Vital statistics of India. Vol. V, Reports of 1876 on armies & jails and on epidemic cholera
Year: 1876
Disease focus: Cholera
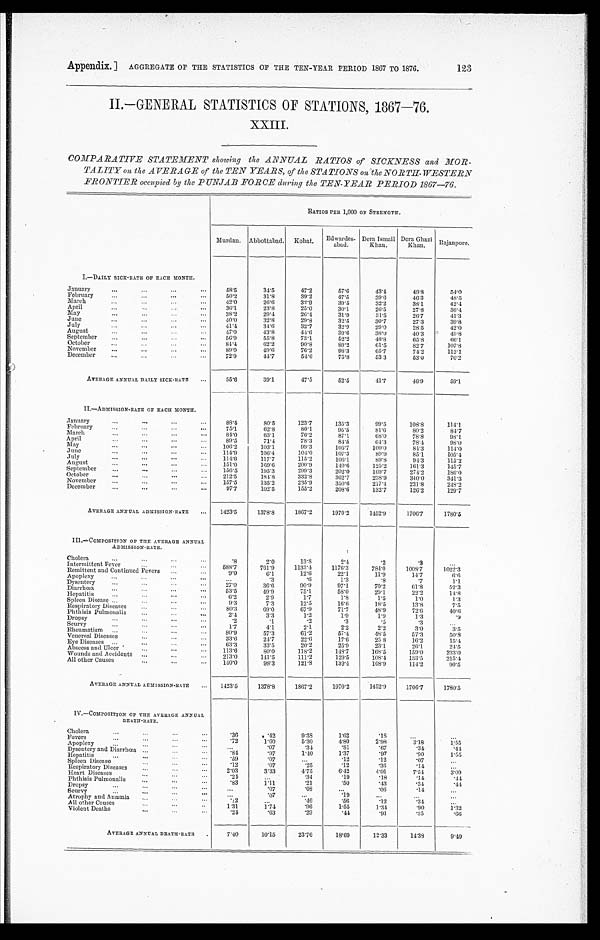
Appendix.]
AGGREGATE OF THE STATISTICS OF THE TEN-YEAR PERIOD 1867 TO 1876.
123
II-GENERAL STATISTICS OF STATIONS, 1867—76.
XXIII.
COMPARATIVE STATEMENT showing the ANNUAL RATIOS of SICKNESS and MOR
-TALITY on the AVERAGE of the TEN YEARS, of the STATIONS on the NORTH-WESTERN
FRONTIER occupied by the PUNJAB FORCE during the TEN-YEAR PERIOD 1867—76.
RATIOS PER 1,000 OF STRENGTH.
Murdan. Abbottabad.
Kohat.
Edwardes-
abad.
Dera Ismail
Khan.
Dera Ghazi
Khan.
Rajanpore.
I.—DAILY SICK-RATE OF EACH MONTH.
January . . .
58.5
34.5
47.2
57.6
43.4
48.8
54.0
February . . .
50.2
31.8
39.2
47.5
39.6
46.3
48.5
March . . .
42.0
26.6
32.9
39.5
32.2
38.1
42.4
April . . .
36.1
23.8
25.0
30.1
26.5
27.8
36.4
May . . .
38.2
29.4
26.4
31.9
31.5
26.7
41.3
June . . .
40.0
32.8
29.8
32.5
30.7
27.3
39.8
July . . .
41.4
34.6
32.7
32.9
29.0
28.5
42.0
August . . .
47.0
43.8
44.6
39.6
38.0
40.3
49.8
September . . .
56.9
55.8
73.1
52.2
48.8
65.8
6 6 . 1
October . . .
81.4
62.2
90.8
89.2
61.5
82.7
107.8
November . . .
89.0
49.6
76.2
98.3
65.7
74.2
112.1
December . . .
72.9
44.7
54.6
75.8
53.3
53.0
70.2
AVERAGE ANNUAL DAILY SICK-RATE . . .
55.6
39.1
47.5
52.5
41.7
4 6 . 9
59.1
II—ADMISSION-RATE OF EACH MONTH.
January . . .
88.4
80.5
123.7
135.3
99.5
108.8
1 1 4 . 1 .
February . . .
75.1
62.8
80.1
95.5
81.6
80.2
84.7
March . . .
84.0
63.1
76.2
87.1
68.0
78.8
98.1
April . . .
89.5
71.4
78.3
84.5
64.3
78.4
98.0
May . . .
106.2
103.1
99.3
105.7
100.0
84.3
114.0
June . . .
114.9
106.4
104.0
107.3
89.9
85.1
105.4
July . . .
114.6
117.7
115.2
106.1
89.8
94.3
115.2
August . . .
151.0
169.0
200.9
140.6
125.2
161.3
145.7
September . . .
156.5
195.3
299.3
202.0
169.7
274.2
1 8 6 . 0
October . . .
212.5
184.8
332.8
362.7
238.9
340.0
341.3
November . . .
157.5
135.2
235.9
350.6
217.4
231.8
248.2
December . . .
97.7
102.5
155.2
208.6
132.7
126.2
129.7
AVERAGE ANNUAL ADMISSION-RATE . . .
1423.5
1378.8
1867.2
1970.2
1452.9
1706.7
1780.5
III—COMPOSITION OF THE AVERAGE ANNUAL
ADMISSION-RATE.
Cholera . . .
.8
2.0
13.8
2. 4
.2
.3
. . .
Intermittent Fever . . .
5 8 8 . 7
761.9
1133.4
1176.3
784.0
1008.7
1022.3
Remittent and Continued Fevers . . .
9.0
6.1
12.6
22.1
11.9
14.7
6 . 6
Apoplexy . . .
. . .
.3
. 6
1.3
.8
.7
1.1
Dysentery . . .
27.0
36. 6
90.9
97.1
70.2
61.8
52.3
Diarrhœa . . .
53.5
49.9
75.1
58.0
29.1
22.2
1 4 . 8
Hepatitis . . .
6 . 2
2.9
1.7
1.8
1.5
1.0
1.3
Spleen Diseases . . .
9.3
7.3
12.5
16.6
18.5
13.8
7.5
Respiratory Diseases . . .
80.3
69.0
67.9
71.7
48.9
72. 6
4 0 . 6
Phthisis Pulmonalis . . .
2.4
3.3
1. 2
1.9
1.9
1.3
.9
Dropsy . . .
.2
.1
.2
.3
.5
.3
. . .
Scurvy . . .
1 . 7
4.1
2. 1
2.2
2.2
3.0
3.5
Rheumatism . . .
80.9
57.3
61.2
57.4
48.5
57.3
5 0 . 8
Venereal Diseases . . .
3 3 . 6
24. 7
2 2 . 6
17.6
25.8
16. 2
1 5 . 4
Eye Diseases . . .
63.3
33.5
20.2
25.9
23.1
26.1
24.5
Abscess and Ulcer . . .
113.6
80.0
118.2
148.7
168.5
159.0
233.0
Wounds and Accidents . . .
2 1 3 . 0
141.5
111.2
129.5
108.4
133.5
215.4
All other Causes . . .
1 4 0 . 0
98.3
121.8
139.4
108.9
114.2
90.5
AVERAGE ANNUAL ADMISSION-RATE . . .
1423.5
1378.8
1867.2
1970.2
1452.9
1706.7
1 7 8 0 . 5
IV.—COMPOSITION OF THE AVERAGE ANNUAL
D E A T H - R A T E .
Cholera . . .
. 3 6 .42
9. 38
1.62
. 1 8
. . .
. . .
Fevers . . .
. 7 2
1.60
5.30
4.80
2.98
3.18
1.55
Apoplexy . . .
. . .
.07
. 3 4
. 8 1
.67
.34
. 4 4
Dysentery and Diarrhœa . . .
. 8 4
.97
1.40
1.37
.97
.90
1.55
Hepatitis . . .
. 5 9
.07
. . .
.12
.12
.07
. . .
Spleen Diseases . . .
. 1 2
.07
. 2 5
.12
. 36
.14
. . .
Respiratory Diseases . . .
2.03
3.33
4.75
6.42
4.01
7.54
3.09
Heart Diseases . . .
. 2 4
. . .
.34
.19
.18
.14
. 4 4
Phthisis Pulmonalis . . .
. 8 3
1.11
.21
.50
.43
.34
. 4 4
Dropsy . . .
. . .
.07
.08
. . .
.06
. 1 4
. . .
Scurvy . . .
. . .
.07
. . .
. 1 9
. . .
. . .
. . .
Atrophy and Anæmia . . .
. 1 2
. . .
.46
.56
.12
.34
. . .
All other Causes . . .
1.31
1.74
.96
1.55
1.34
.90
1.32
Violent Deaths . . .
. 2 4
.63
.29
.44
.91
.35
. 6 6
AVERAGE ANNUAL DEATH-RATE
7.40
10.15
23.76
18.69
12.33
14. 38
9.49